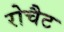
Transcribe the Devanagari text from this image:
रोचैट